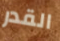
القدر